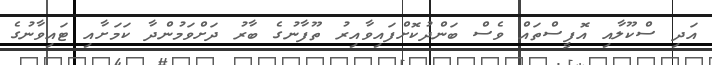
އަދި ސްކޫލާއި އޮފީސްތައް ވެސް ބަންދުކޮށްފައިވާއިރު ތޫފާނުގެ ބާރު ދަށްވަމުންދާ ކަމަށާއި ޓައިވާނުގެ